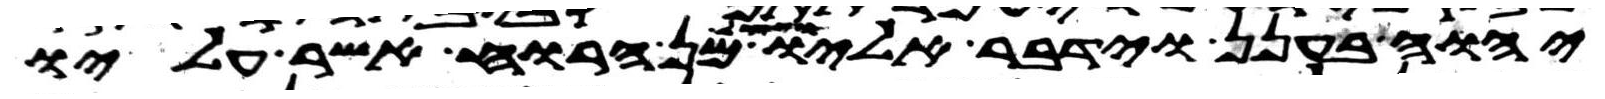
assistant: יהוה בענן וידבר אליו ויצל מן הרוח אשר עליו